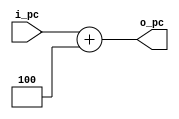
// PC
// @param i_pc pc
// @param o_pc pc
module PCAddFour(i_pc, o_pc);
  input wire [31:0] i_pc;
  output wire [31:0] o_pc;
  assign o_pc[31:0] = i_pc[31:0] + 4;
endmodule